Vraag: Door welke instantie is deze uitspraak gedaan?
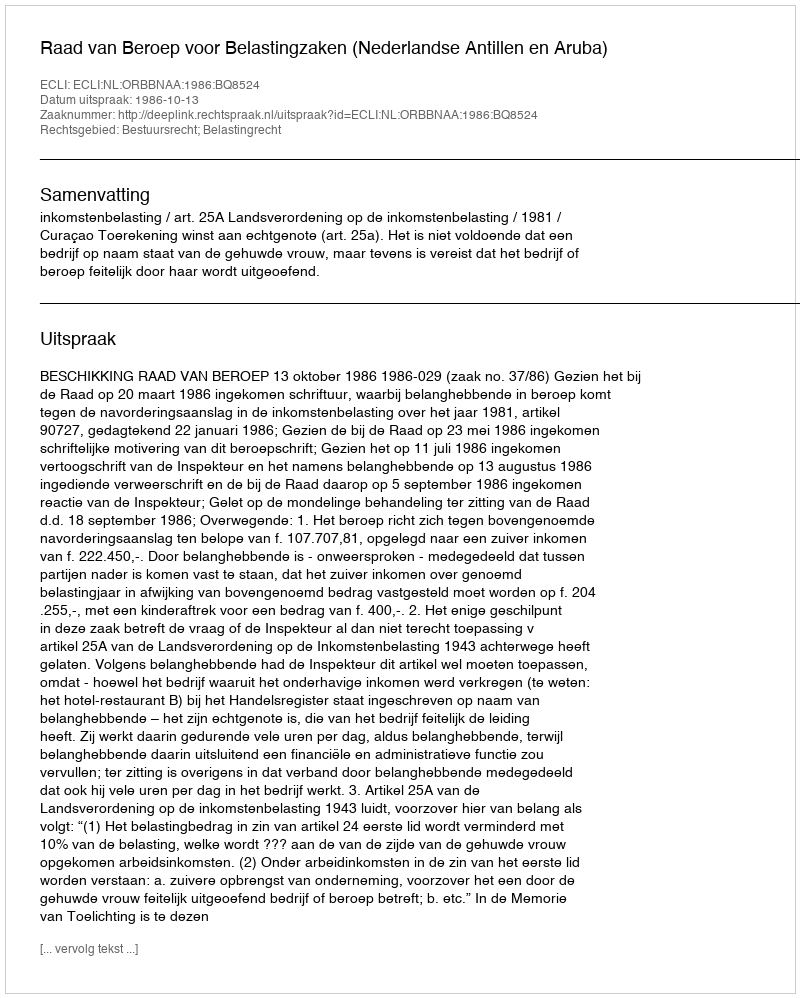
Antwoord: Raad van Beroep voor Belastingzaken (Nederlandse Antillen en Aruba)